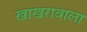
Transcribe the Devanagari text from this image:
खाखरावाला